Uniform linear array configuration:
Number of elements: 48
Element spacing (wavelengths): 0.75
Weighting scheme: uniform
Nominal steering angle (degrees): -60
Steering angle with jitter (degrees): -58.896
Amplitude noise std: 0.05
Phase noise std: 0.05

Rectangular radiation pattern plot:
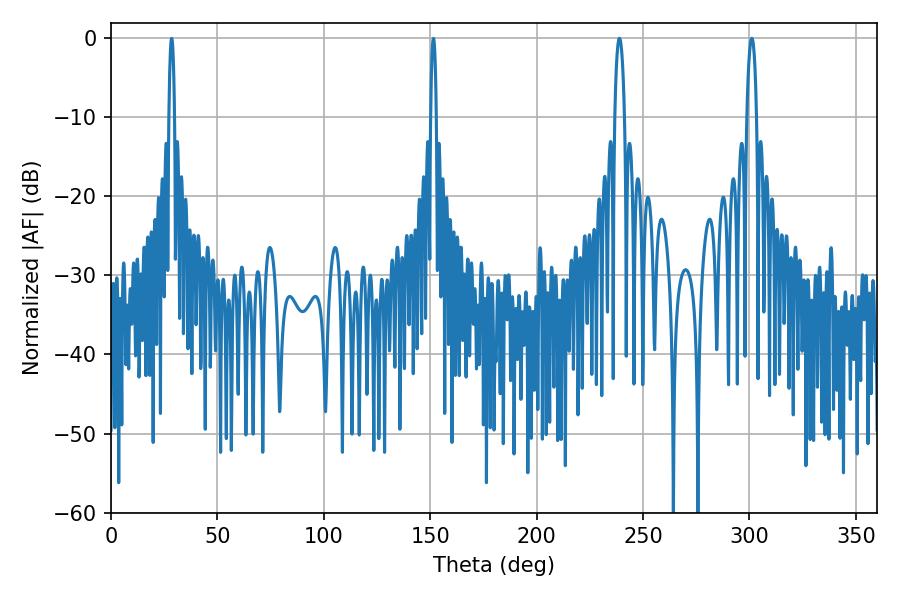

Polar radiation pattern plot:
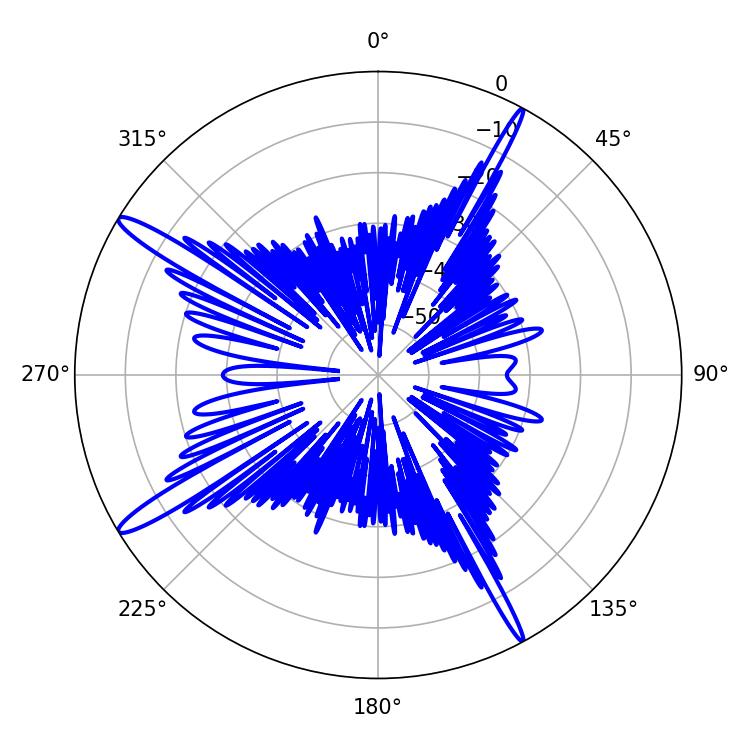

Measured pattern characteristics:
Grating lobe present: TRUE
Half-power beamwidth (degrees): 2.52
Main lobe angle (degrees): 301.14